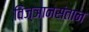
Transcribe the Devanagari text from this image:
विज्ञानसंतान